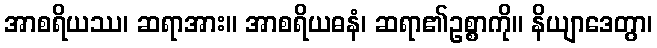
အာစရိယဿ၊ ဆရာအား။ အာစရိယဓနံ၊ ဆရာ၏ဥစ္စာကို။ နိယျာဒေတွာ၊